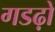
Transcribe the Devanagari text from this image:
गडढ़ो